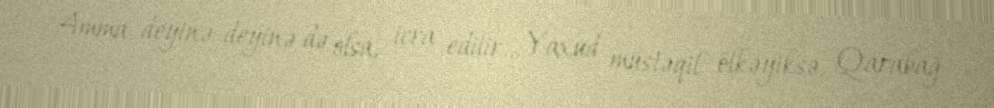
Amma deyinə-deyinə də olsa, icra edilir... Yaxud müstəqil ölkəyiksə, Qarabağ